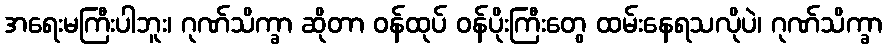
အရေးမကြီးပါဘူး၊ ဂုဏ်သိက္ခာ ဆိုတာ ဝန်ထုပ် ဝန်ပိုးကြီးတွေ ထမ်းနေရသလိုပဲ၊ ဂုဏ်သိက္ခာ